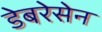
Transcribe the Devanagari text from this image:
डेबरेसेन